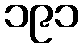
၁၉၁